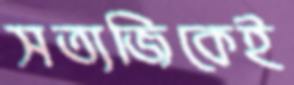
সত্যজিকেই